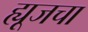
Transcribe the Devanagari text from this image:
ह्यूजचा